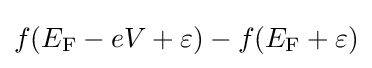
f(E_{\text{F}}-eV+\varepsilon )-f(E_{\text{F}}+\varepsilon )